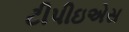
ટીપીઇએસ